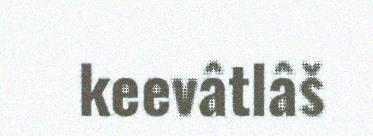
keevâtlâš